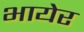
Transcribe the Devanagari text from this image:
भायेर